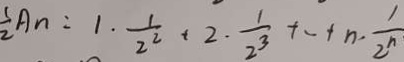
\frac { 1 } { 2 } A n : 1 \cdot \frac { 1 } { 2 ^ { 2 } } + 2 \cdot \frac { 1 } { 2 ^ { 3 } } + \cdots + n \cdot \frac { 1 } { 2 ^ { n } }